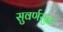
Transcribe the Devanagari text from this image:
सुवर्णसुद्धा